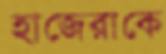
হাজেরাকে